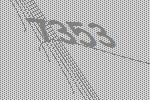
7353